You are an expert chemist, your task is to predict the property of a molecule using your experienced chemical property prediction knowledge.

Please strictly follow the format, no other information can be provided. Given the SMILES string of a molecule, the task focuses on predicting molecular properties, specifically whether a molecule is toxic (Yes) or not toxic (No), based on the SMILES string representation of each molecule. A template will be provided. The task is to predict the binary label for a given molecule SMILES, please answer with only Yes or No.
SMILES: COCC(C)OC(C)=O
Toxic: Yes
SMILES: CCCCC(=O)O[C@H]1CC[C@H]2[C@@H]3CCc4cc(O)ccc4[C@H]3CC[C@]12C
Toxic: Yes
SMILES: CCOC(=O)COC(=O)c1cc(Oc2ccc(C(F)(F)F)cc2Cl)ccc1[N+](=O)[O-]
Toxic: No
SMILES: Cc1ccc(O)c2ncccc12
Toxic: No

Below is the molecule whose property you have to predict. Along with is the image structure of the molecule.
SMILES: CCCCCCCCCCCCCCCC(=O)O[C@@H]1[C@@H](O)[C@@H](O)[C@@H]([C@H](NC(=O)[C@@H]2C[C@@H](CCC)CN2C)[C@H](C)Cl)O[C@@H]1SC
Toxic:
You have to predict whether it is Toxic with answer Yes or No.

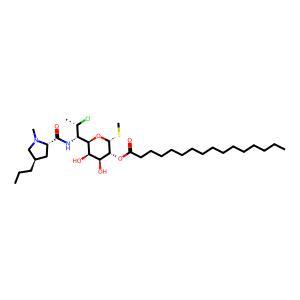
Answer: No